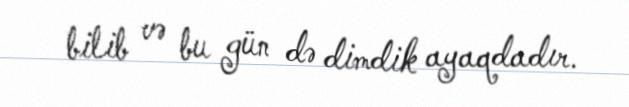
bilib və bu gün də dimdik ayaqdadır.